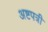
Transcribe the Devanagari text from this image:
अष्टपत्री